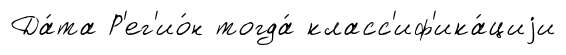
Да́та Р'ег'ио́н тогда́ класс'иф'ика́циjи